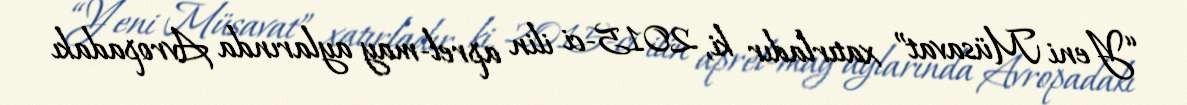
“Yeni Müsavat” xatırladır ki, 2015-ci ilin aprel-may aylarında Avropadakı